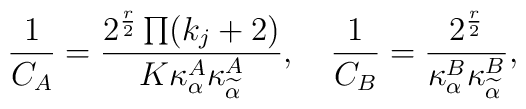
{1\over C_A}=\frac{2^{\frac{r}{2}}\prod(k_j+2)}{K\kappa_{\alpha}^A\kappa_{\widetilde{\alpha}}^A},\quad{1\over C_B}=\frac{2^{\frac{r}{2}}}{\kappa_{\alpha}^B\kappa_{\widetilde{\alpha}}^B},